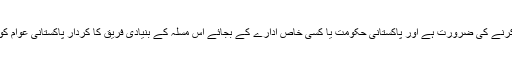
اس بیانیہ کے ابہامات دور کرنے کی ضرورت ہے اور پاکستانی حکومت یا کسی خاص ادارے کے بجائے اس مسلہ کے بنیادی فریق کا کردار پاکستانی عوام کو سونپنے کی ضرورت ہے ۔